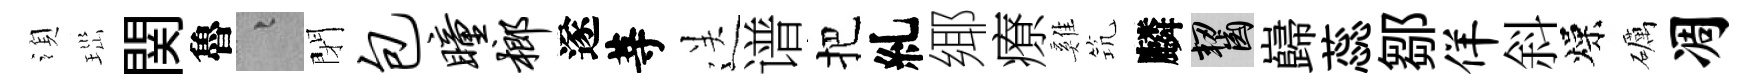
湏𤤼関魯融閉包瞳榔遂䓁送谱把糺鄊療雞𥬑麟齧巋蕊鄒佯斜燥礪凋